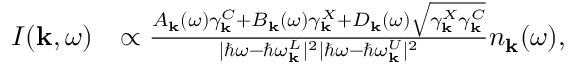
\begin{array} { r l } { I ( { \bf k } , \omega ) } & { \propto \frac { A _ { \bf k } ( \omega ) \gamma _ { \bf k } ^ { C } + B _ { \bf k } ( \omega ) \gamma _ { \bf k } ^ { X } + D _ { \bf k } ( \omega ) \sqrt { \gamma _ { \bf k } ^ { X } \gamma _ { \bf k } ^ { C } } } { | \hbar \omega - \hbar \omega _ { \bf k } ^ { L } | ^ { 2 } | \hbar \omega - \hbar \omega _ { \bf k } ^ { U } | ^ { 2 } } n _ { \bf k } ( \omega ) , } \end{array}